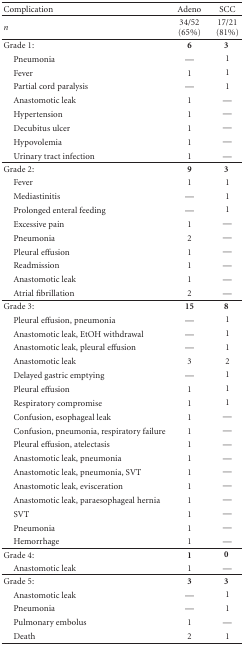
| Complication | Adeno | SCC |
 | --- | --- | --- |
 | n | 34/52 (65%) | 17/21 (81%) |
 | Grade 1: | 6 | 3 |
 | Pneumonia | — | 1 |
 | Fever | 1 | 1 |
 | Partial cord paralysis | — | 1 |
 | Anastomotic leak | 1 | — |
 | Hypertension | 1 | — |
 | Decubitus ulcer | 1 | — |
 | Hypovolemia | 1 | — |
 | Urinary tract infection | 1 | — |
 | Grade 2: | 9 | 3 |
 | Fever | 1 | 1 |
 | Mediastinitis | — | 1 |
 | Prolonged enteral feeding | — | 1 |
 | Excessive pain | 1 | — |
 | Pneumonia | 2 | — |
 | Pleural effusion | 1 | — |
 | Readmission | 1 | — |
 | Anastomotic leak | 1 | — |
 | Atrial fibrillation | 2 | — |
 | Grade 3: | 15 | 8 |
 | Pleural effusion, pneumonia | — | 1 |
 | Anastomotic leak, EtOH withdrawal | — | 1 |
 | Anastomotic leak, pleural effusion | — | 1 |
 | Anastomotic leak | 3 | 2 |
 | Delayed gastric emptying | — | 1 |
 | Pleural effusion | 1 | 1 |
 | Respiratory compromise | 1 | 1 |
 | Confusion, esophageal leak | 1 | — |
 | Confusion, pneumonia, respiratory failure | 1 | — |
 | Pleural effusion, atelectasis | 1 | — |
 | Anastomotic leak, pneumonia | 1 | — |
 | Anastomotic leak, pneumonia, SVT | 1 | — |
 | Anastomotic leak, evisceration | 1 | — |
 | Anastomotic leak, paraesophageal hernia | 1 | — |
 | SVT | 1 | — |
 | Pneumonia | 1 | — |
 | Hemorrhage | 1 | — |
 | Grade 4: | 1 | 0 |
 | Anastomotic leak | 1 | — |
 | Grade 5: | 3 | 3 |
 | Anastomotic leak | — | 1 |
 | Pneumonia | — | 1 |
 | Pulmonary embolus | 1 | — |
 | Death | 2 | 1 |